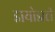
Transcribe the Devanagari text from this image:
डायोडाटी